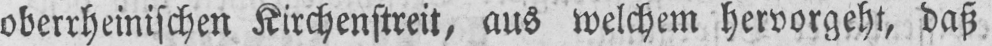
oberrheinischen Kirchenstreit, aus welchem hervorgeht, daß